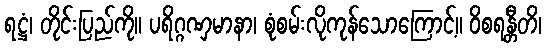
ရဋ္ဌံ၊ တိုင်းပြည်ကို။ ပရိဂ္ဂဏှမာနာ၊ စုံစမ်းလိုကုန်သောကြောင့်။ ဝိစရန္တီတိ၊